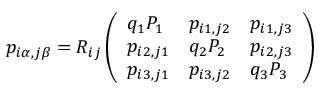
p _ { i \alpha , j \beta } = R _ { i j } \left( \begin{array} { l l l } { q _ { 1 } P _ { 1 } } & { p _ { i 1 , j 2 } } & { p _ { i 1 , j 3 } } \\ { p _ { i 2 , j 1 } } & { q _ { 2 } P _ { 2 } } & { p _ { i 2 , j 3 } } \\ { p _ { i 3 , j 1 } } & { p _ { i 3 , j 2 } } & { q _ { 3 } P _ { 3 } } \end{array} \right)